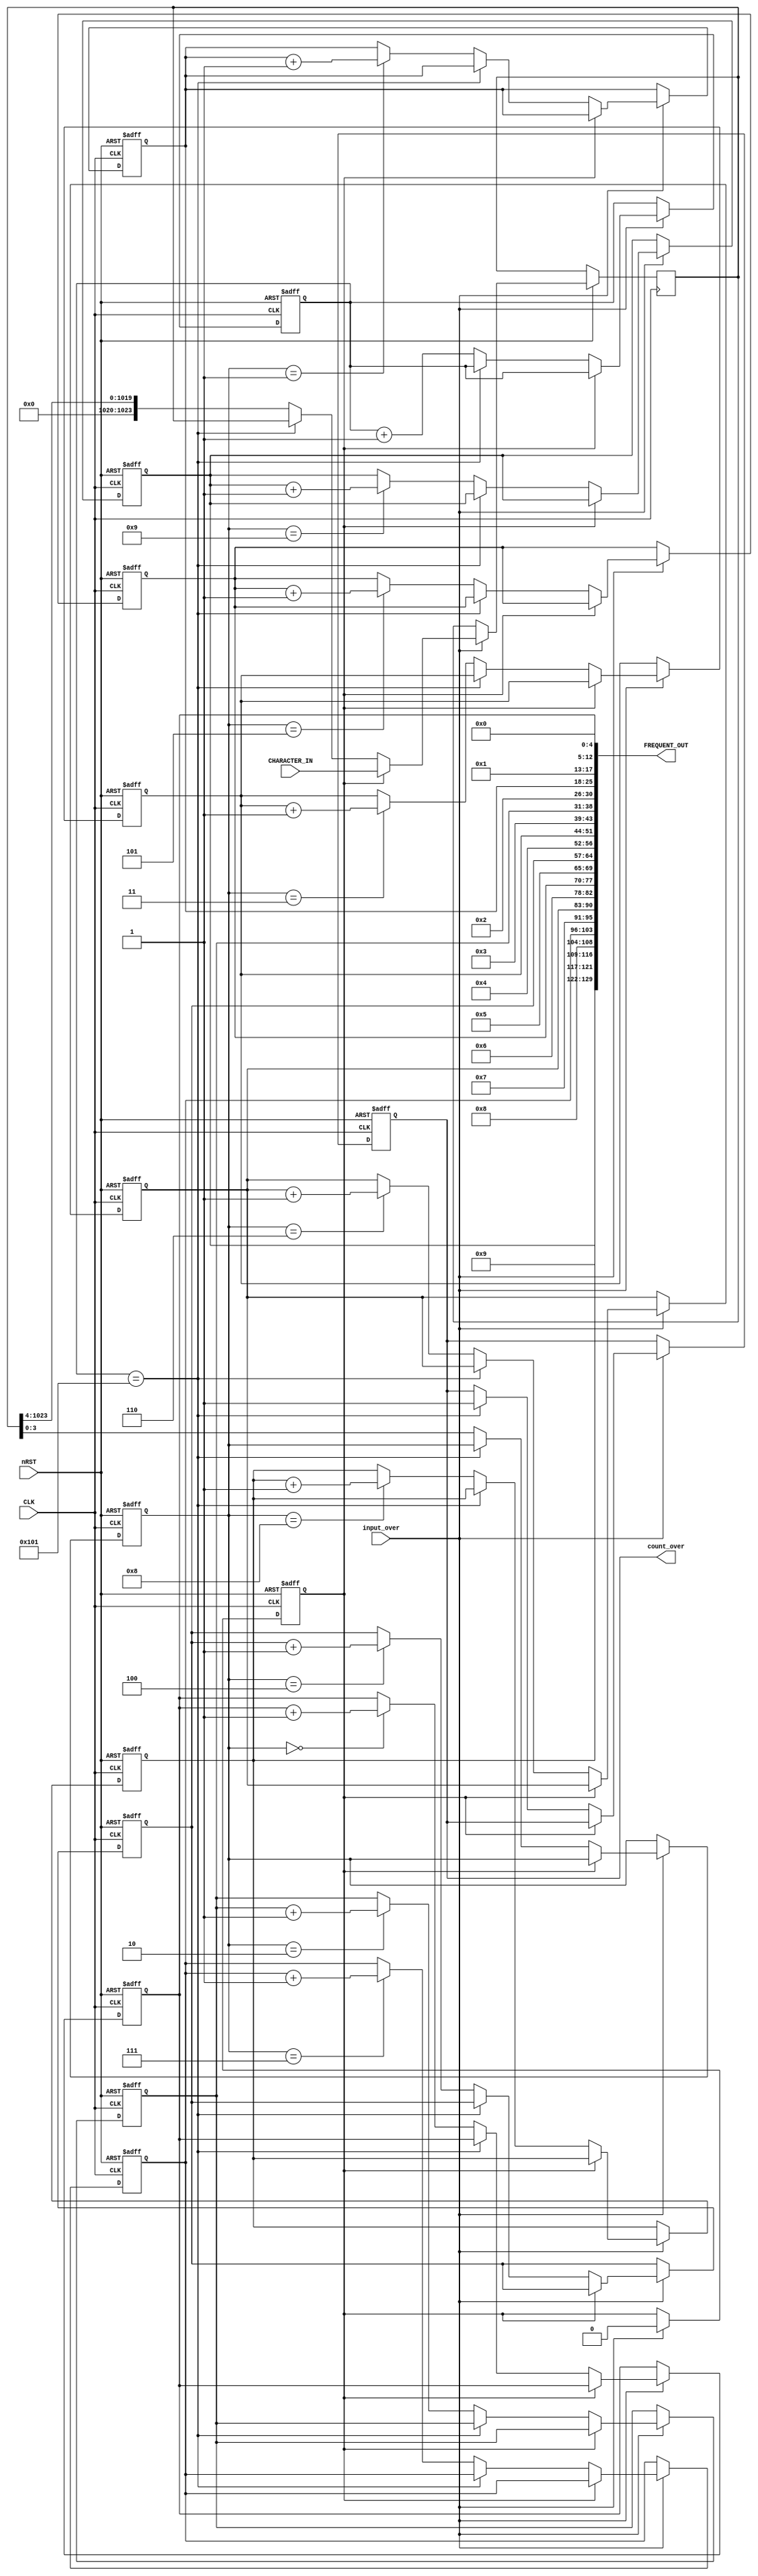
`timescale 1ns / 1ps
//////////////////////////////////////////////////////////////////////////////////
// Company: 
// Engineer: 
// 
// Design Name: 
// Module Name:    count 
// Project Name: 
// Target Devices: 
// Tool versions: 
// Description: 
//
// Dependencies: 
//
// Revision: 
// Revision 0.01 - File Created
// Additional Comments: 
//
//////////////////////////////////////////////////////////////////////////////////
module count(CLK,nRST,input_over,CHARACTER_IN,FREQUENT_OUT,count_over);
	input CLK;
	input nRST;
	input input_over;
	input [1023:0] CHARACTER_IN;
	output [129:0] FREQUENT_OUT;
	output count_over;
	
	reg count_over;
	reg [11:0]i;
	
	reg [7:0] temp_frequent0;
	reg [7:0] temp_frequent1;
	reg [7:0] temp_frequent2;
	reg [7:0] temp_frequent3;
	reg [7:0] temp_frequent4;
	reg [7:0] temp_frequent5;
	reg [7:0] temp_frequent6;
	reg [7:0] temp_frequent7;
	reg [7:0] temp_frequent8;
	reg [7:0] temp_frequent9;
	
	reg [3:0] temp_character;
	reg[1023:0] character;
	reg index;

	always @ (posedge CLK or negedge nRST)
	 begin
	 	if(~nRST)
			begin
				temp_character <= 4'b1111;
				temp_frequent0 <= 8'b0;
				temp_frequent1 <= 8'b0;
				temp_frequent2 <= 8'b0;
				temp_frequent3 <= 8'b0;
				temp_frequent4 <= 8'b0;
				temp_frequent5 <= 8'b0;
				temp_frequent6 <= 8'b0;
				temp_frequent7 <= 8'b0;
				temp_frequent8 <= 8'b0;
				temp_frequent9 <= 8'b0;
				i <= 12'b0;
				count_over <= 1'b0;
				index <= 1'b1;
			end
		else
			begin
				if(input_over)
					begin	
					if(index) begin
						index <= 1'b0;
						character[1023:0] <= CHARACTER_IN[1023:0];
					end
					else begin
						if(i == 12'h101) count_over <= 1;
						else begin
							i <= i + 1;
							temp_character	<= character[3:0]; 
							character <= {4'b0000,character[1023:4]};
							 case(temp_character)
							 4'b0000: temp_frequent0 <= temp_frequent0 + 1;
							 4'b0001: temp_frequent1 <= temp_frequent1 + 1;
							 4'b0010: temp_frequent2 <= temp_frequent2 + 1;
							 4'b0011: temp_frequent3 <= temp_frequent3 + 1;
							 4'b0100: temp_frequent4 <= temp_frequent4 + 1;
							 4'b0101: temp_frequent5 <= temp_frequent5 + 1;
							 4'b0110: temp_frequent6 <= temp_frequent6 + 1;
							 4'b0111: temp_frequent7 <= temp_frequent7 + 1;
							 4'b1000: temp_frequent8 <= temp_frequent8 + 1;
							 4'b1001: temp_frequent9 <= temp_frequent9 + 1;
							 default:;
							 endcase
							end
						end
					end
				else ;
			end
	 end	
	assign FREQUENT_OUT[129:0] = {temp_frequent9,5'b01001,temp_frequent8,5'b01000,temp_frequent7,5'b00111,temp_frequent6,5'b00110,temp_frequent5,5'b00101,temp_frequent4,5'b00100,temp_frequent3,5'b00011,temp_frequent2,5'b00010,temp_frequent1,5'b00001,temp_frequent0,5'b00000};
	
endmodule